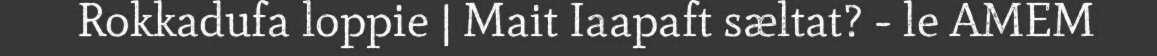
Rokkadufa loppie | Mait Iaapaft sæltat? - le AMEM